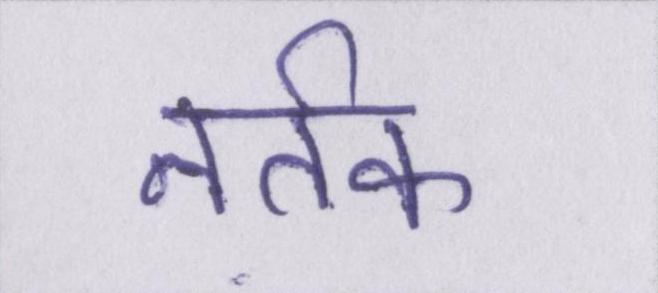
नर्तक